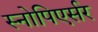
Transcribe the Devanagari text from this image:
स्नोपिएर्सर